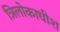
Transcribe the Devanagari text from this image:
त्रिलोकाधीश